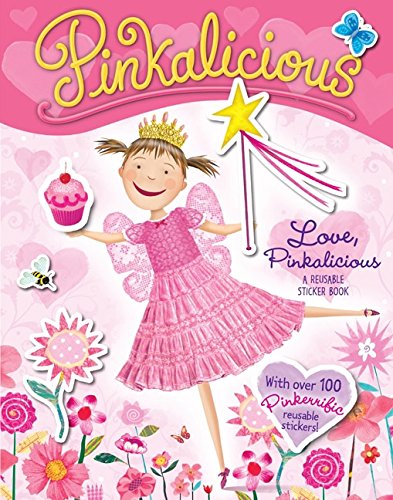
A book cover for Pinkalicious: Love, Pinkalicious Reusable Sticker Book; Victoria Kann; Children's Books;